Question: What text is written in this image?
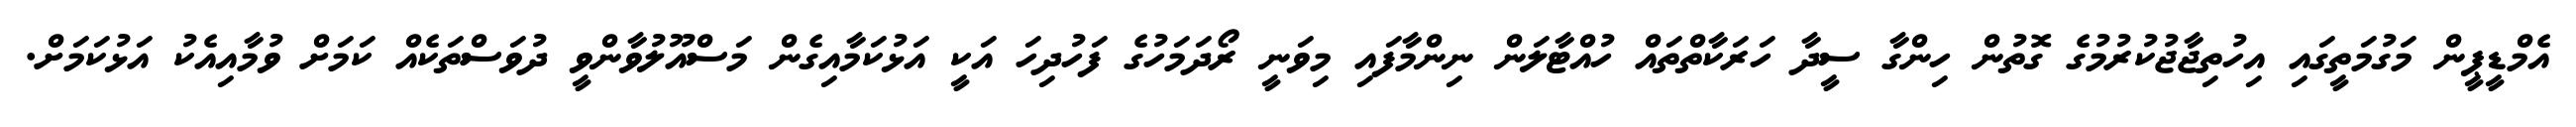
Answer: އެމްޑީޕީން މަގުމަތީގައި އިހުތިޖާޖުކުރުމުގެ ގޮތުން ހިންގާ ސީދާ ހަރަކާތްތައް ހުއްޓާލަން ނިންމާފައި މިވަނީ ރޯދަމަހުގެ ފަހުދިހަ އަކީ އަޅުކަމާއިގެން މަސްއޫލުވާންވީ ދުވަސްތަކެއް ކަމަށް ވުމާއިއެކު އަޅުކަމަށް.